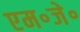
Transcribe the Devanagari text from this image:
एम॰जे॰